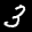
Label: 3